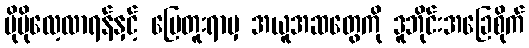
ပိုမိုလေ့လာရန်နှင့် မြေတူးရာမှ အယူအဆတွေကို ဒူဘိုင်းအခြေစိုက်